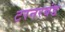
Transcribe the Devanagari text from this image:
टरनरबंड